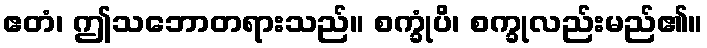
ဧတံ၊ ဤသဘောတရားသည်။ စက္ခုံပိ၊ စက္ခုလည်းမည်၏။